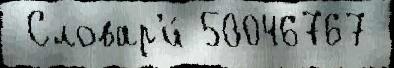
 Словар'и́ 50046767